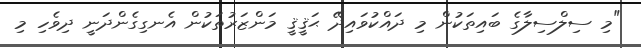
"މި ސިލްސިލާގެ ބައިތަކުން މި ދައްކުވައިދޭ ޙަޤީޤީ މަންޒަރުތަކުން އެނގިގެންދަނީ ދިވެހި މި